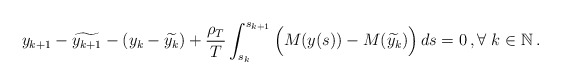
\begin{align*}y_{k+1} - \widetilde{y_{k+1}} - (y_k - \widetilde{y_k}) +\frac{\rho_T}{T} \int_{s_k}^{s_{k+1}} \Big(M(y(s)) -M(\widetilde{y_k})\Big)\,ds=0 \,, \forall \ k \in \mathbb{N}\,.\end{align*}